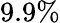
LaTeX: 9.9\%